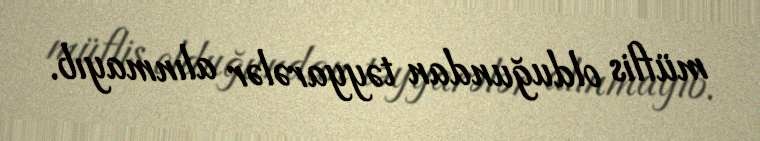
müflis olduğundan təyyarələr alınmayıb.